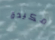
مكيدة